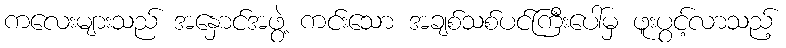
ကလေးများသည် အနှောင်အဖွဲ့ ကင်းသော အချစ်သစ်ပင်ကြီးပေါ်မှ ဖူးပွင့်လာသည့်